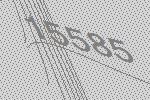
15585